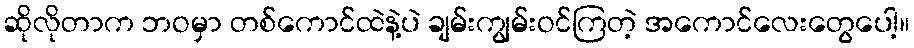
ဆိုလိုတာက ဘဝမှာ တစ်ကောင်ထဲနဲ့ပဲ ချမ်းကျွမ်းဝင်ကြတဲ့ အကောင်လေးတွေပေါ့။